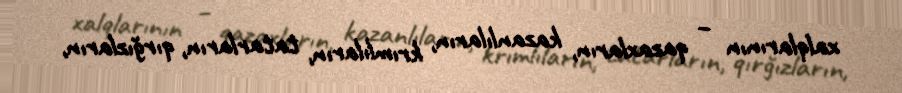
xalqlarının – qazaxların, kazanlıların, krımlıların, tatarların, qırğızların,